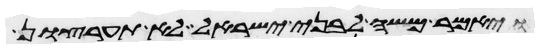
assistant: ויאמר משה לבני ישראל לא תערצון